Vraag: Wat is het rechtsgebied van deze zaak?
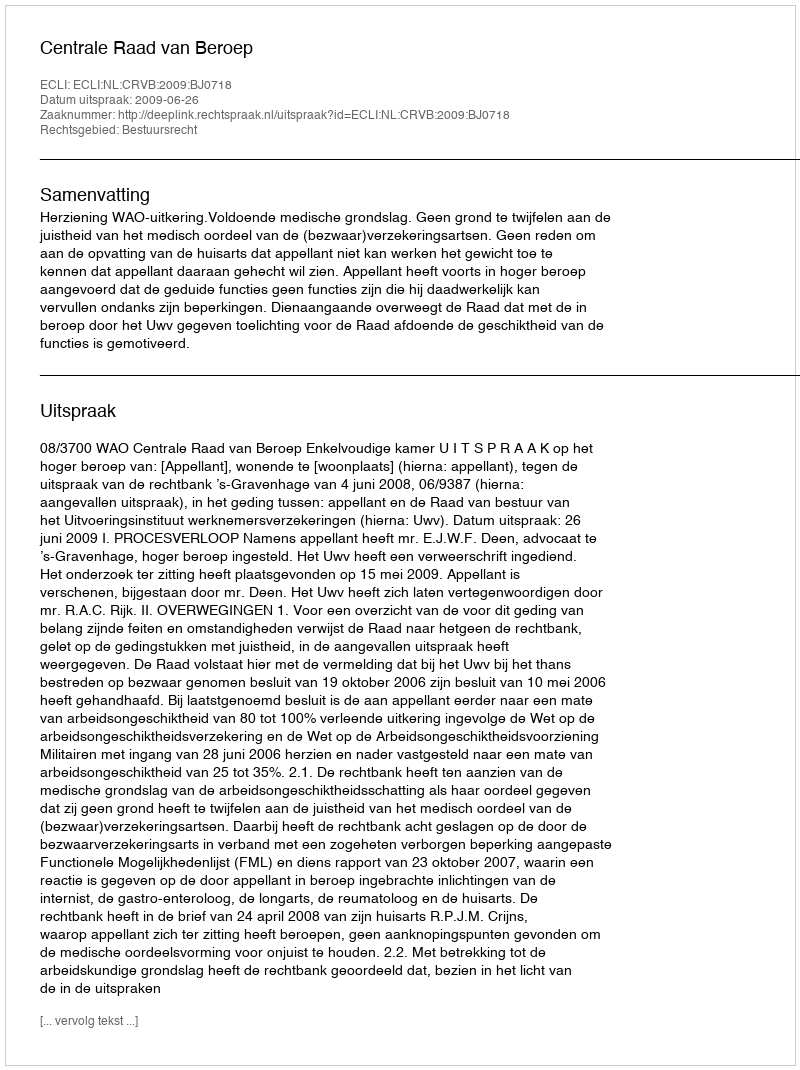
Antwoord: Bestuursrecht